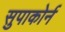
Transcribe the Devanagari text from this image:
सुपाकोर्न